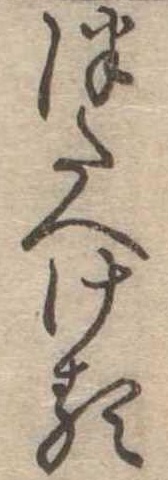
つたへける